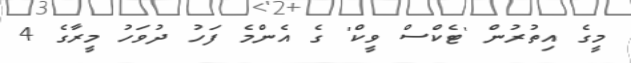
މީގެ އިތުރުން 'ޓެކްސް ވީކް' ގެ އެންމެ ފަހު ދުވަހު މީރާގެ 4